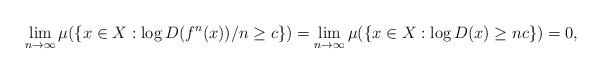
LaTeX: \begin{align*}\lim_{n\to \infty} \mu (\{x\in X: \log D(f^n(x))/n \ge c\})=\lim_{n\to \infty} \mu (\{x\in X: \log D(x) \ge nc\})=0,\end{align*}